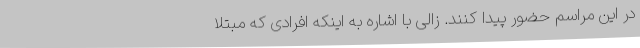
در این مراسم حضور پیدا کنند. زالی با اشاره به اینکه افرادی که مبتلا